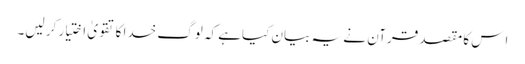
اِس کا مقصد قرآن نے یہ بیان کیاہے کہ لوگ خدا کا تقویٰ اختیار کر لیں۔